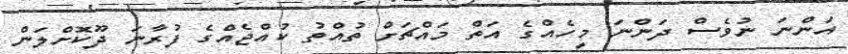
އަންނަ ނުވެސް ދަންނަ މީހެއްގެ އަތް މައްޗަށް ތުއްތު ކުއްޖެއްގެ ފުރާނަ ދޫކޮށްލަން